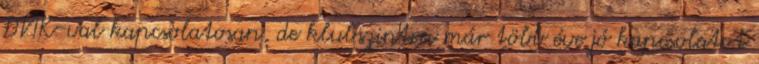
DVTK-val kapcsolatosan, de klubszinten már több éve jó kapcsolatot